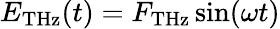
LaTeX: E_{\mathrm{THz}}(t)=F_{\mathrm{THz}}\sin(\omega t)